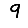
Digit: 9